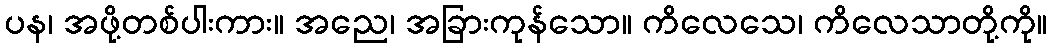
ပန၊ အဖို့တစ်ပါးကား။ အညေ၊ အခြားကုန်သော။ ကိလေသေ၊ ကိလေသာတို့ကို။